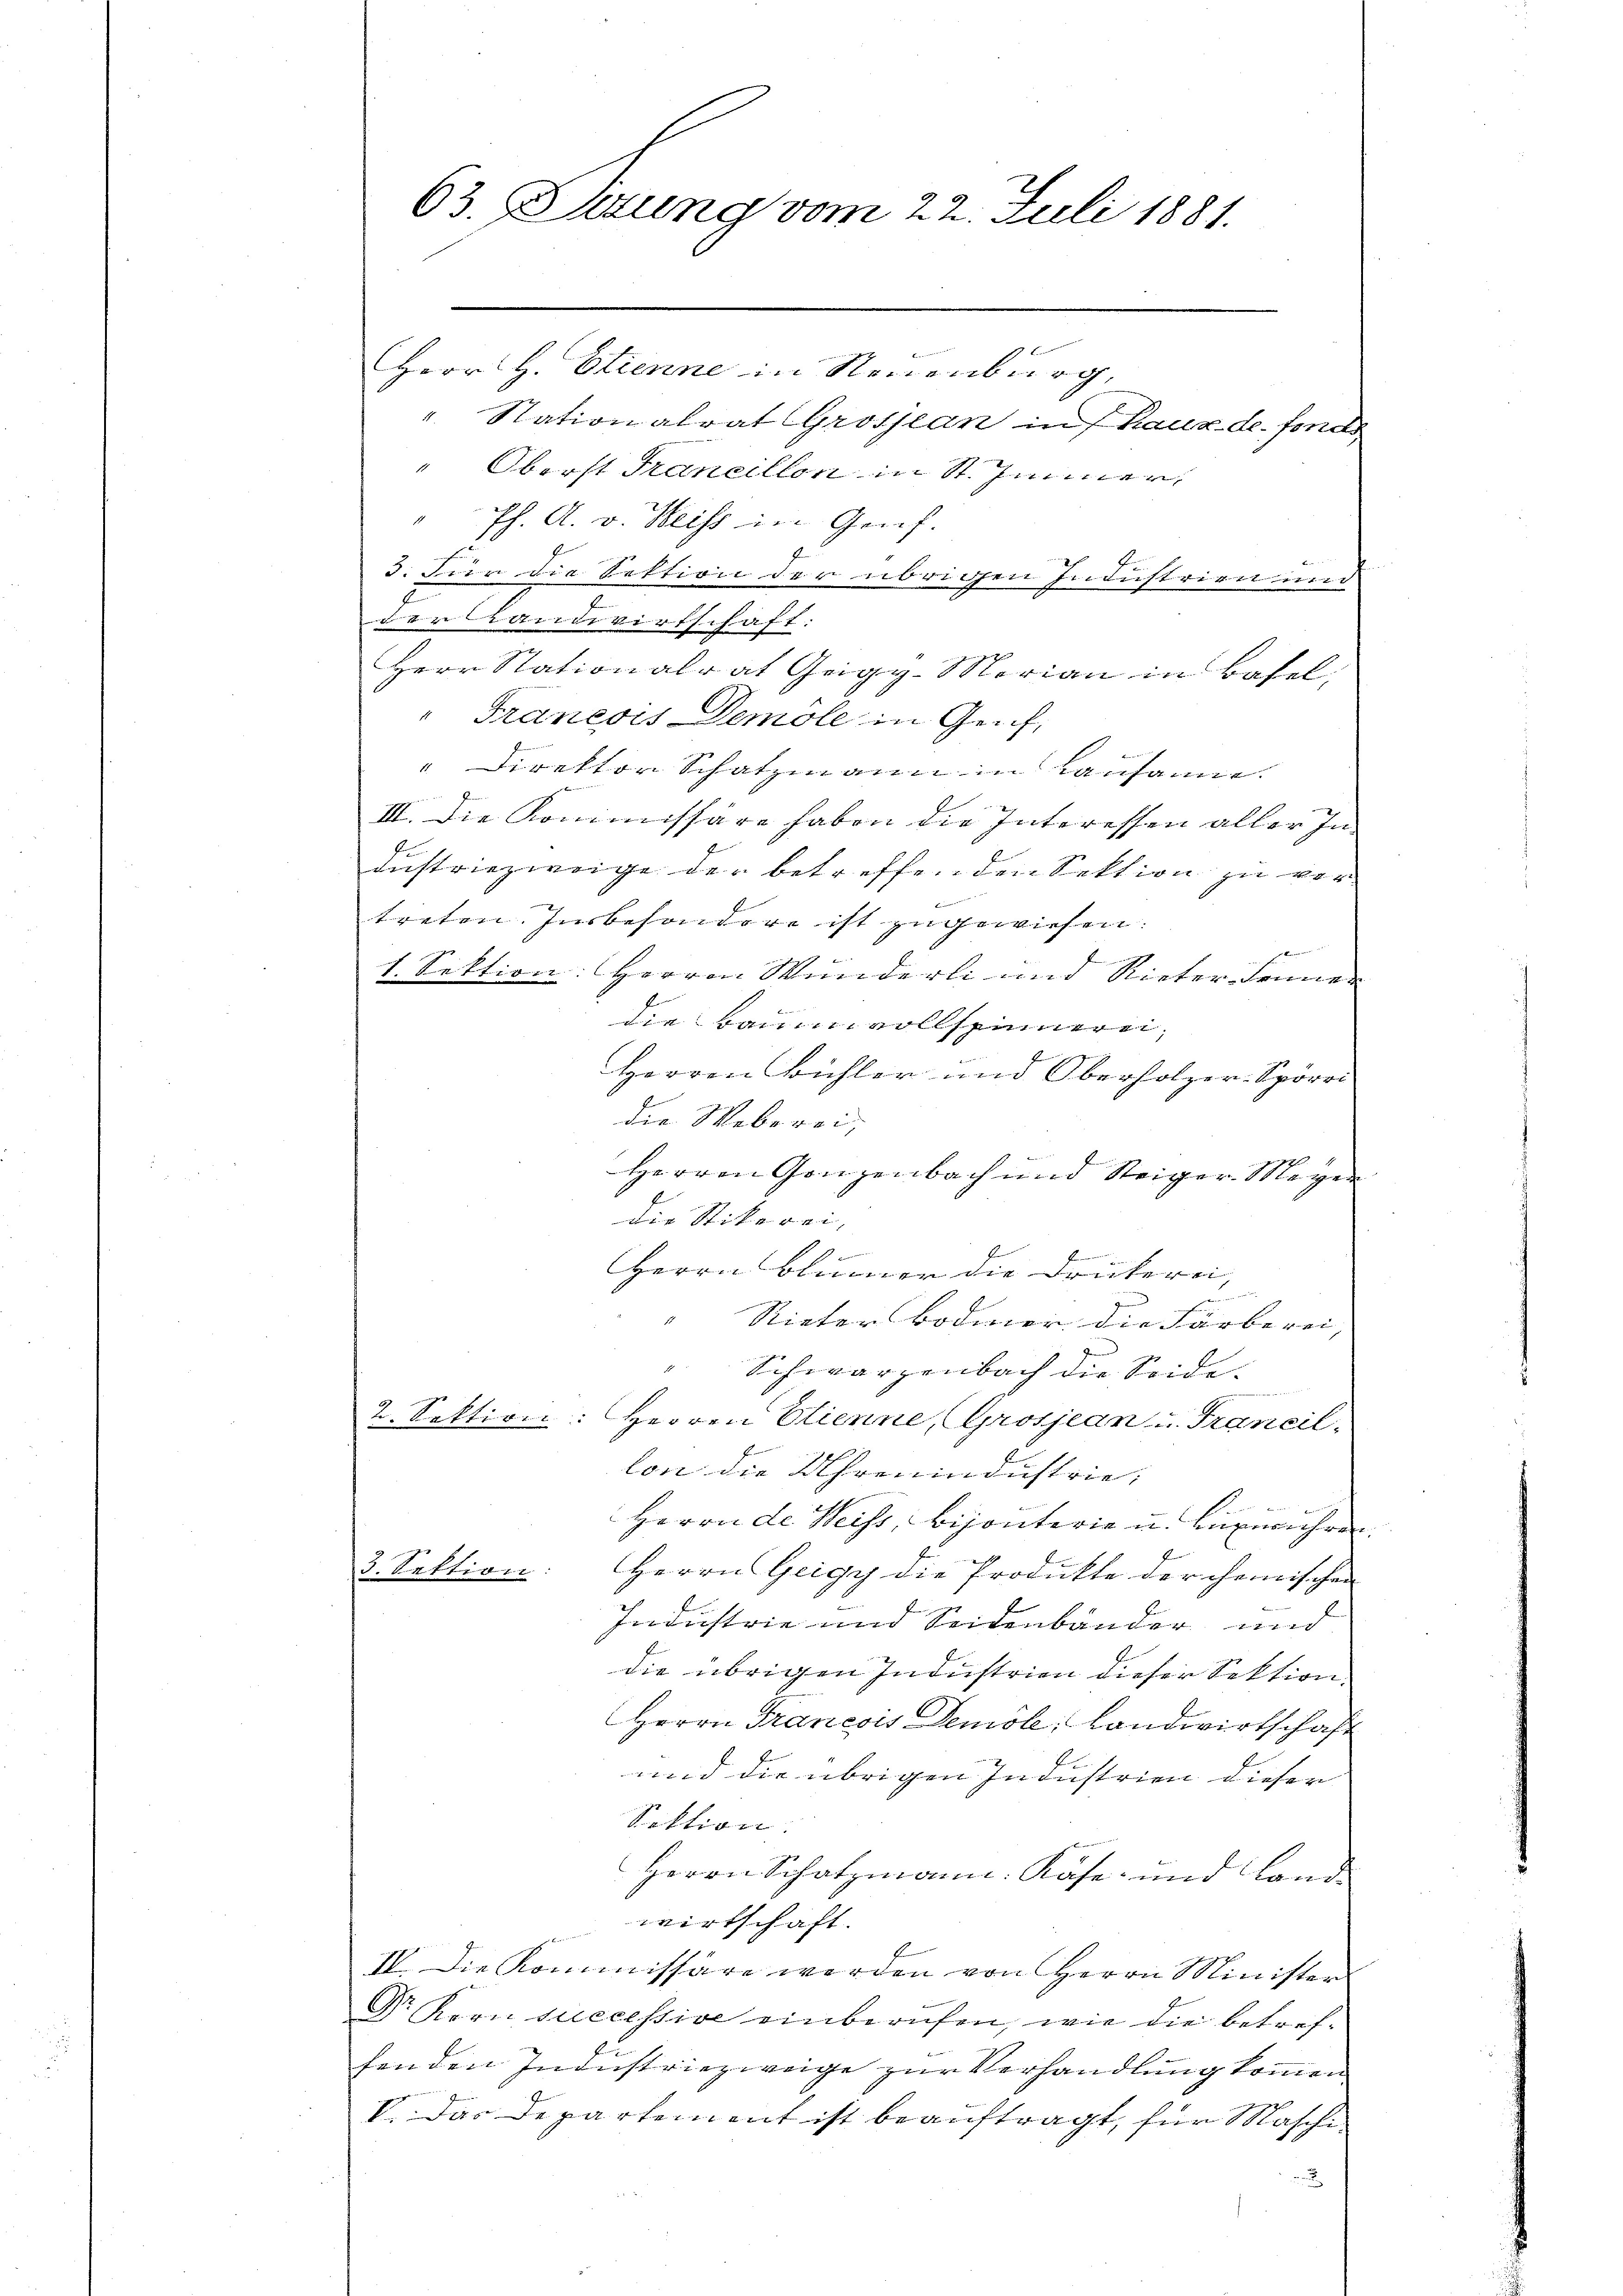
63. Stzung vom 22. Juli 1881.

Herr H. Etienne in Neuenburg,
" Stationalrat Grosjean in 7 Kauz de fonds
" Oberst Francillon in St. Immer,
1
Ph. A. v. Weiss in Gruf.
3. Für die Sektion der übrigen Industrien und
der Landwirtschaft:
Herr Stationalrat Geigy-Marian in Basel,
Franeois Demole in Genf,
" Direktor Schatzmann in Lausanne.
Freund
III. Die Kommissäre haben die Interessen aller In
dustriezweige der betreffenden Sektion zu vertreten. Insbesondere ist zugewiesen.
e
1. Sektion: Herren Wunderli und Rieter Senner
die Baum vollspinnerei,
Horgen Bühler und Oberholzer-Spörri
die Weberei,
Herren Ganzenbach und Steiger Magen
die Stikerei,
.
.
Herrn Blümer die Drukerei,
s
Rieter Bodmer die Färberei
"Schwarzenbach die Seide.
2. Sektion: Herren Clienne, Grosjean u. Francil
lon die Uhrmnindustrie;
d
Herrn de Weiss bijonterie u. Begehren
3. Sektion: Herrn Geigy die Produkte der chemischen
Industrie und Seidenbänder und
die übrigen Industrien dieser Sektion.
Herrn Francois Demole; Landwirtschaft
und die übrigen Industrien dieser
Sektion.
Herrn Schatzmann: Käse- und Land-
wirtschaft.
IV. Die Kommissäre werden von Herrn Minister
Dr Kern successive einberufen, wie die betrefhenden Industriezweige zur Verhandlung kommen.
V. Das Departement ist beauftragt, für Maschi¬
2